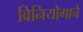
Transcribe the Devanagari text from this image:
विनियोगाचे